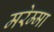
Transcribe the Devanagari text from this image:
मरेम्मा